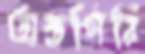
অস্তগিরি